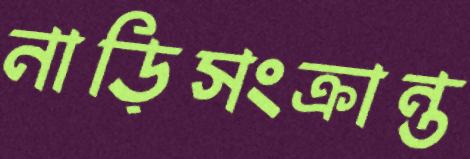
নাড়িসংক্রান্ত